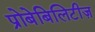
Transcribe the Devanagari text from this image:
प्रोबेबिलिटीज़